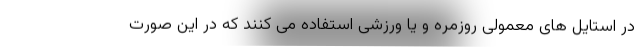
در استایل های معمولی روزمره و یا ورزشی استفاده می کنند که در این صورت